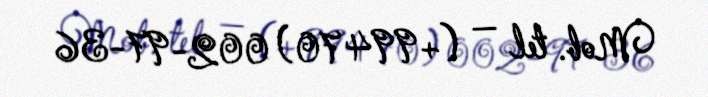
Mob. tel — (+994 70) 002-97-36